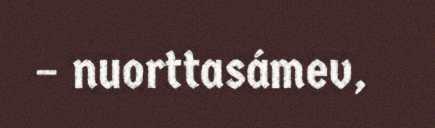
– nuorttasámev,